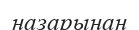
назарынан